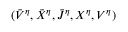
( \bar { V } ^ { \eta } , \bar { X } ^ { \eta } , \bar { J } ^ { \eta } , X ^ { \eta } , V ^ { \eta } )